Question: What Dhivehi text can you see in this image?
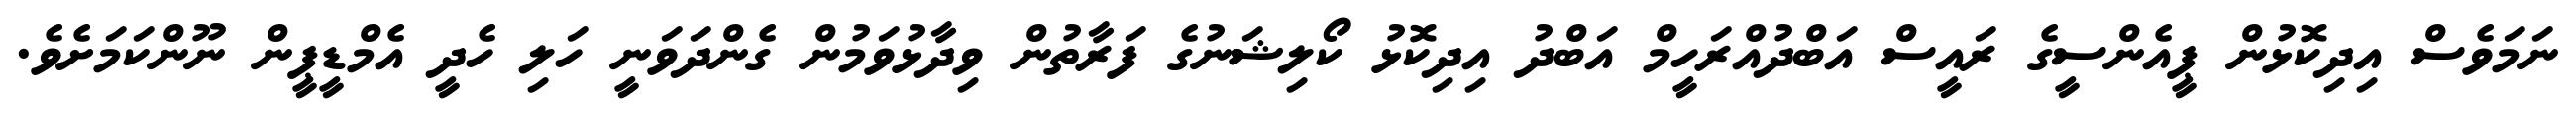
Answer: ނަމަވެސް އިދިކޮޅުން ޕީއެންސީގެ ރައީސް އަބްދުއްރަހީމް އަބްދު އިދިކޮޅު ކޯލިޝަނުގެ ފަރާތުން ވިދާޅުވަމުން ގެންދަވަނީ ހަލި ހެދީ އެމްޑީޕީން ނޫންކަމަށެވެ.